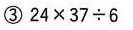
③$$2 4 × 3 7 ÷ 6$$